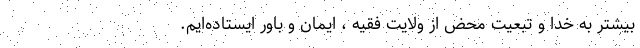
بیشتر به خدا و تبعیت محض از ولایت فقیه ، ایمان و باور ایستاده‌ایم.